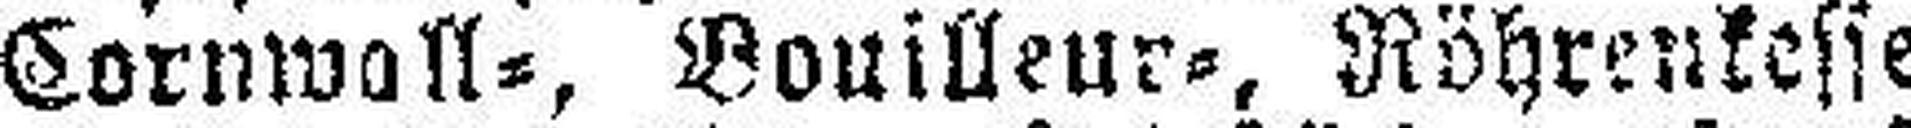
Cornwall=, Bonilleur=, Röhrenkessel